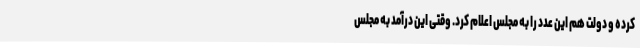
کرده و دولت هم این عدد را به مجلس اعلام کرد. وقتی این درآمد به مجلس